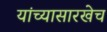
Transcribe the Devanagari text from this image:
यांच्यासारखेच